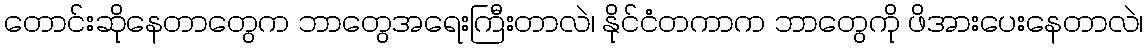
တောင်းဆိုနေတာတွေက ဘာတွေအရေးကြီးတာလဲ၊ နိုင်ငံတကာက ဘာတွေကို ဖိအားပေးနေတာလဲ၊